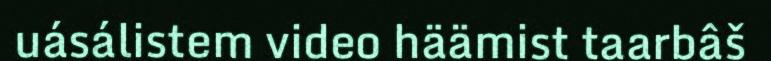
uásálistem video häämist taarbâš